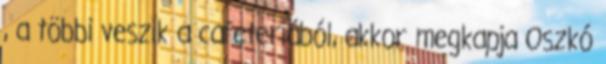
, a többi veszik a cafeteriából, akkor megkapja Oszkó